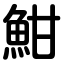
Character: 魽